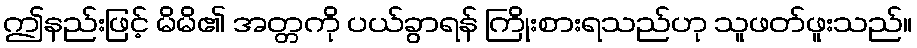
ဤနည်းဖြင့် မိမိ၏ အတ္တကို ပယ်ခွာရန် ကြိုးစားရသည်ဟု သူဖတ်ဖူးသည်။